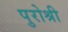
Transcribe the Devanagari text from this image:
पुरोश्री